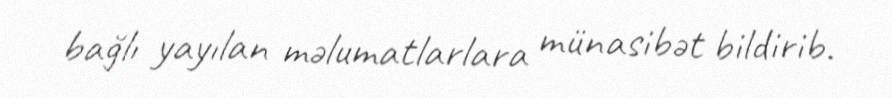
bağlı yayılan məlumatlarlara münasibət bildirib.